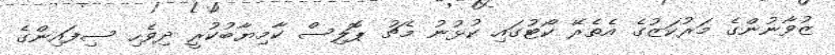
ޒުވާނުންގެ މަރުކަޒުގެ އެތެރޭ ކޯޓުގައި ކުޅުނު މެޗު ޕޮލިސް ކާމިޔާބުކުރީ ދިވެހި ސިފައިންގެ